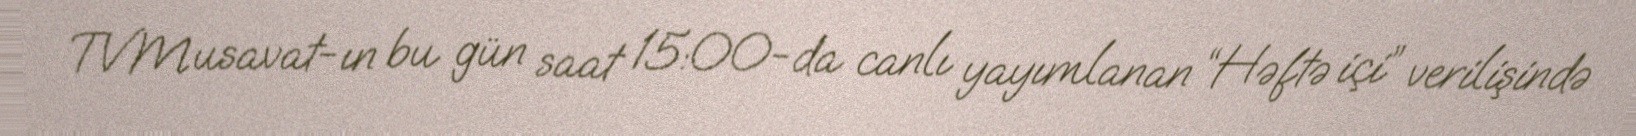
TVMusavat-ın bu gün saat 15:00-da canlı yayımlanan “Həftə içi” verilişində